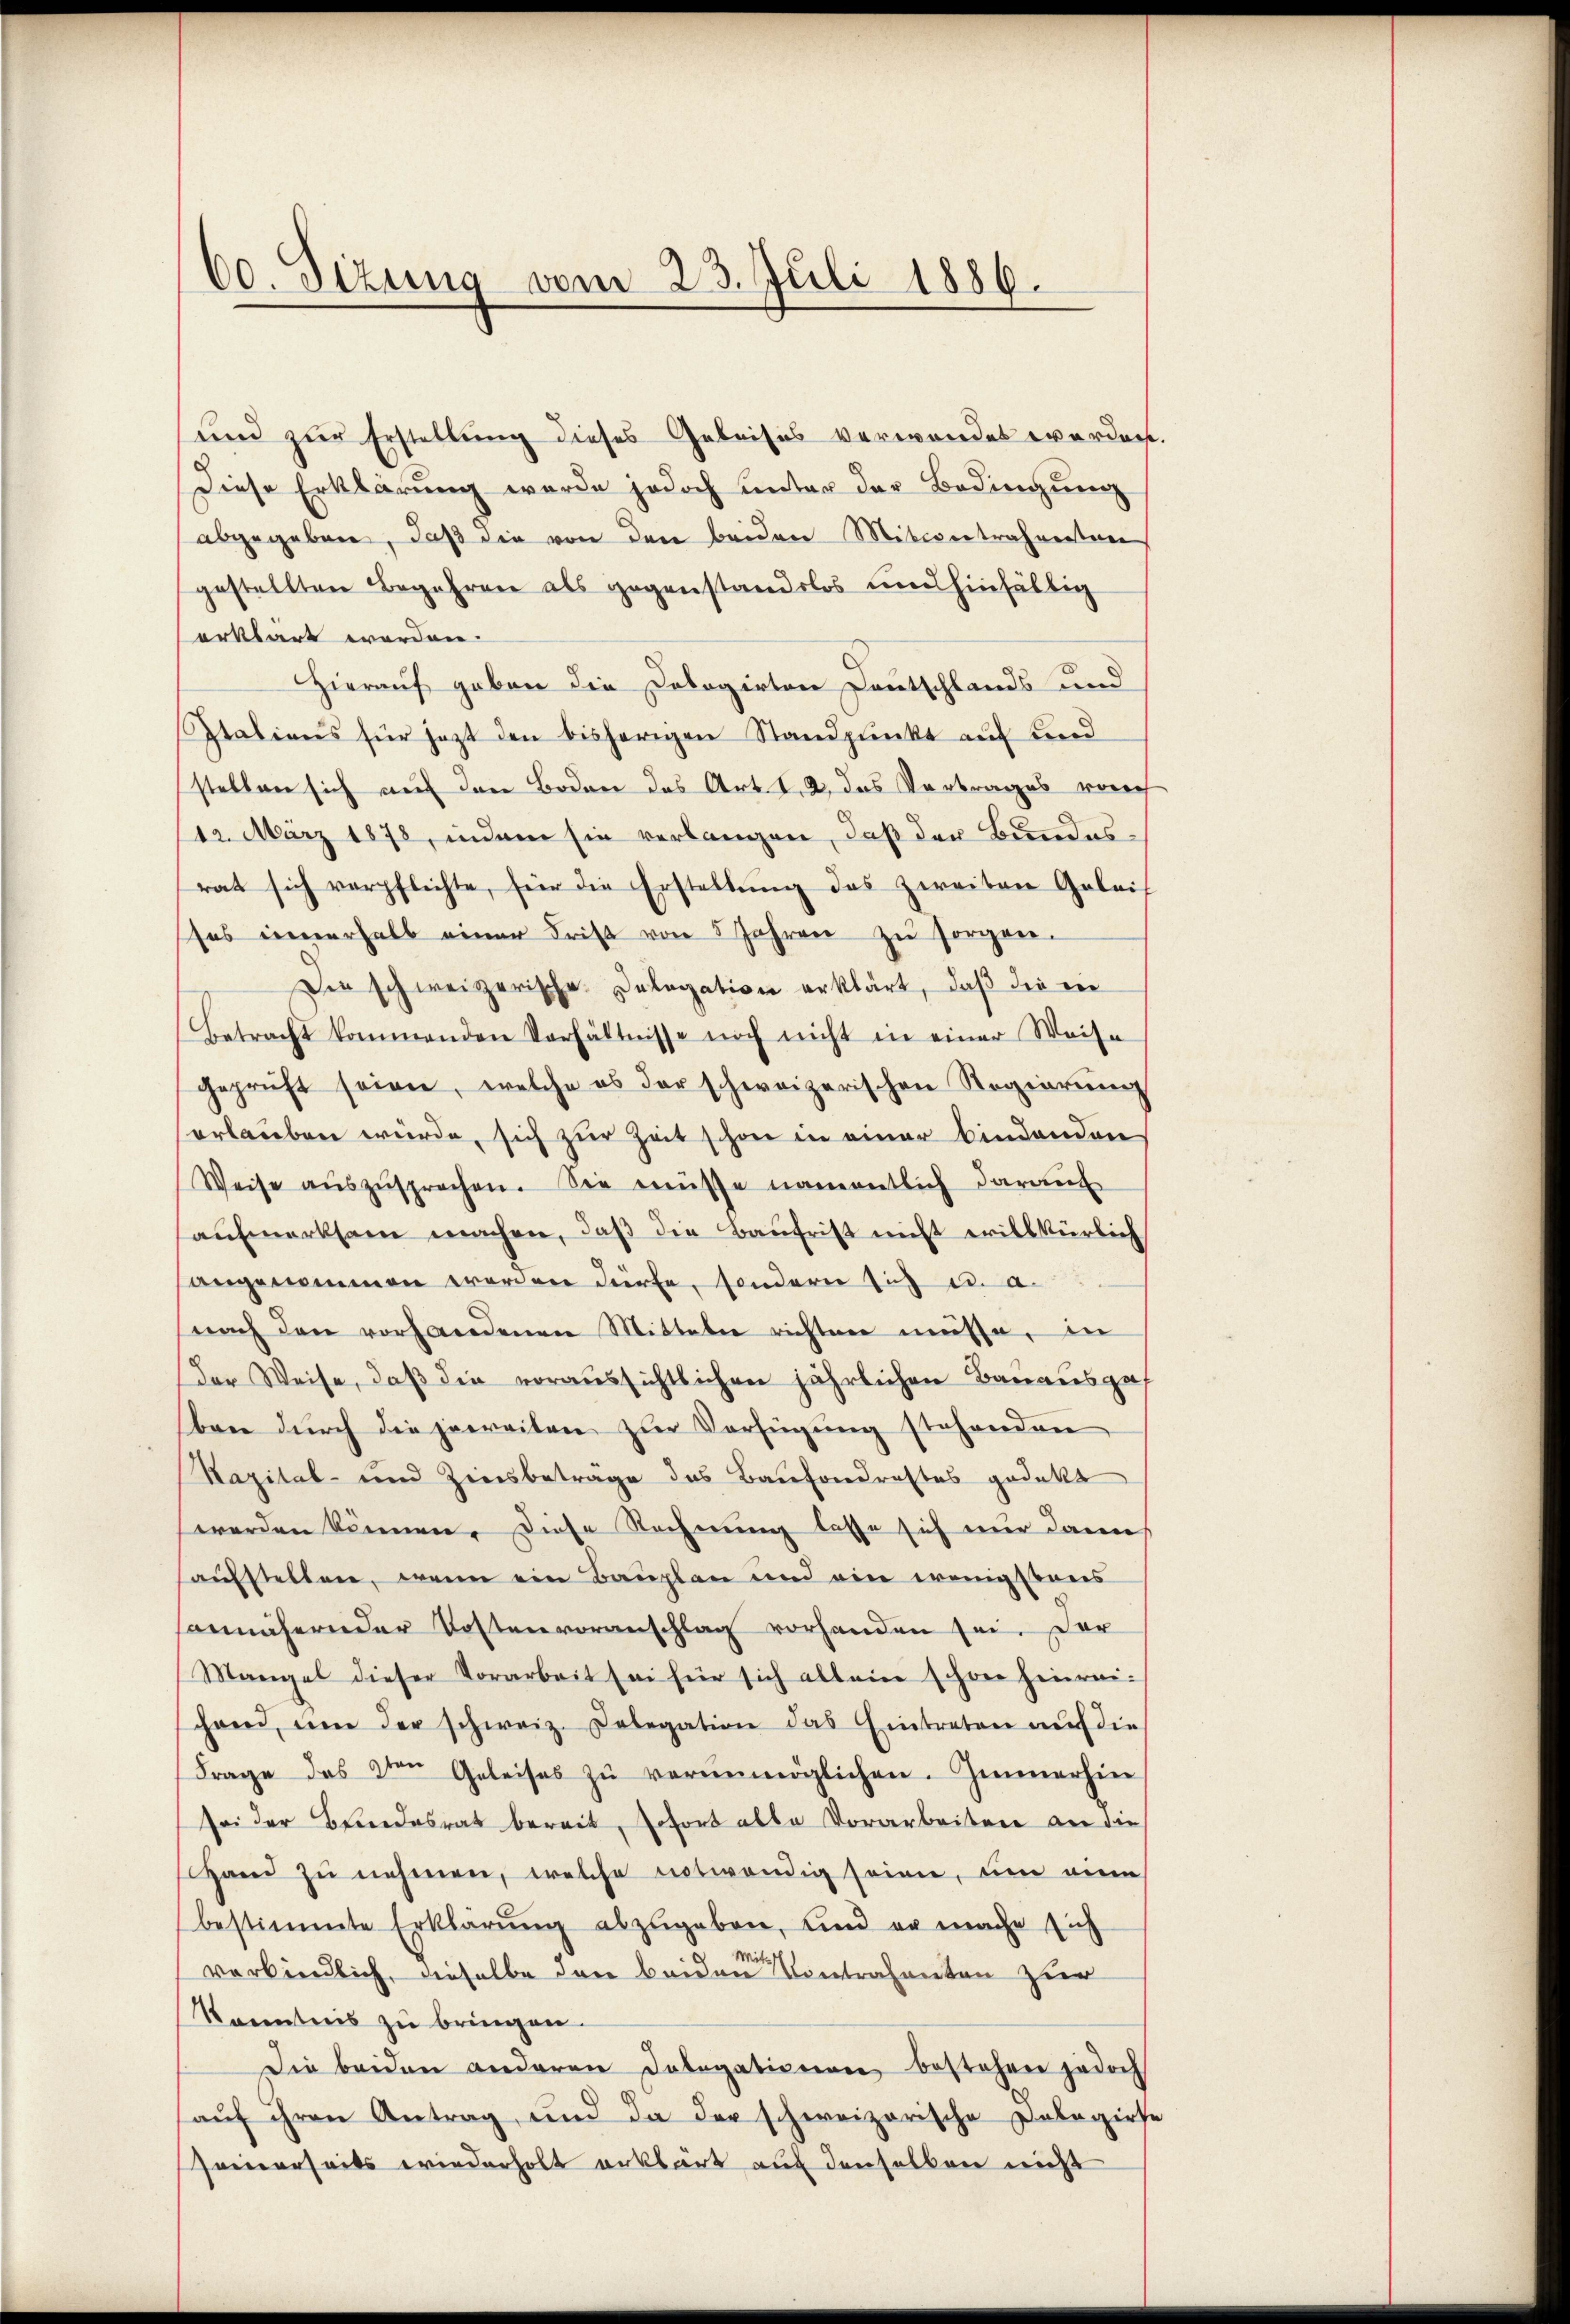
erklärt worden.
Kenntnis zu bringen.

60. Sizung vom 23. Juli 1886.

und zur Erstellung dieses Geleises verwendet werden.
Diese Erklärung wurde jedoch unter der Bedingung
abgegeben, daß die von den beiden Mitcontrahenten
gestellten Begehren als gegenstandslos und hinfällig
Hierauf geben die Dologirten Deutschlands und
Italians für jezt den bisherigen Standpunkt auf Kind
stellen sich auf den Boden das Art. 1. 2. das Vortrages vorer
112. März 1878, indem sie verlangen, daß der Bundesrat sich verpflichte, für die Erstellŭng des zweiten Geleis
tes innerhalb einer Frist von 5 Jahren zŭ sorgen.
Die schweizerische Delegation erklärt, daß die ein
Betracht kommenden Verhältnisse noch nicht in einer Weise
geprüft seien, welche es der schweizerischen Regierŭng
erlauben wurde, sich zur Zeit schon in einer bindenden
Weise aŭszŭsprochen. Sie müsse namentlich daraŭf
aufmerksam machen, daß die Baufrist nicht erillkürlich
angenommen werden dürfe, sondern sich u. a.
nach den vorhandenen Mitteln richten müsse, in
Der Weise, daß die voraussichtlichen jährlichen Bauausgef
ben dŭrch die jeweiten zŭr Verfügŭng stehenden
Rapital- und Zinsbeträge das Baufondrastes gedekt
werden können. Diese Rechnung lasse sich nur dann
aufstellen, wenn ein Bauplan und ein wenig staus
annähern der Kostenvoranschlag vorhanden sei. Der
Mangel dieser Vorarbeit sei für sich allein schon hinreihend, um der schweiz. Delegation das Eintreten auf die
Frage des den Geleises zŭ verunmöglichen. Immerhin
sei der Bundesrat bereit, sofort alle Vorarbeiten an die
Hand zu nehmen, welche notwendig seien, um eine
bestimmte Erklärŭng abzugeben, und er mache sich
verbindlich, dieselbe den beiden Contrahenten zur
Die beiden anderen Dolegationen bestehen jedoch
aŭf ihren Antrag, und da der schweizerische Dolagirte
Freierseits wiederholt erklärt auf denselben nicht